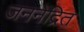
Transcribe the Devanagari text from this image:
जननेंद्रित